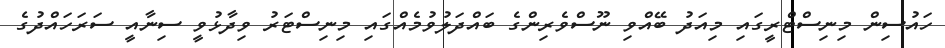
ހައުސިން މިނިސްޓްރީގައި މިއަދު ބޭއްވި ނޫސްވެރިންގެ ބައްދަލުވުމެއްގައި މިނިސްޓަރު ވިދާޅުވީ ސިނާއީ ސަރަހައްދުގެ